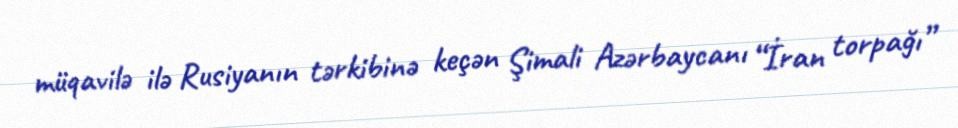
müqavilə ilə Rusiyanın tərkibinə keçən Şimali Azərbaycanı “İran torpağı”